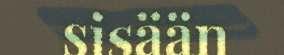
sisään